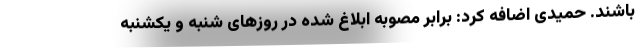
باشند. حمیدی اضافه کرد: برابر مصوبه ابلاغ شده در روزهای شنبه و یکشنبه